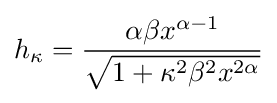
h_{\kappa }={\frac {\alpha \beta x^{\alpha -1}}{\sqrt {1+\kappa ^{2}\beta ^{2}x^{2\alpha }}}}